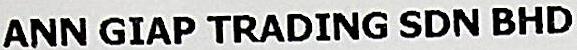
ANN GIAP TRADING SDN BHD